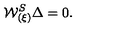
{ \cal W } _ { ( \xi ) } ^ { S } \Delta = 0 .